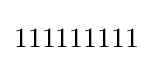
111111111